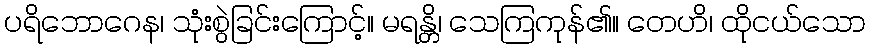
ပရိဘောဂေန၊ သုံးစွဲခြင်းကြောင့်။ မရန္တိ၊ သေကြကုန်၏။ တေဟိ၊ ထိုငယ်သော